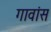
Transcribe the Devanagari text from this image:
गावांस